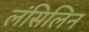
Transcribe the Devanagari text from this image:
लंसिलिन